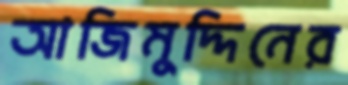
আজিমুদ্দিনের